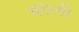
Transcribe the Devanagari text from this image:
मरेंटसी